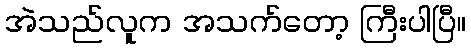
အဲသည်လူက အသက်တော့ ကြီးပါပြီ။